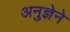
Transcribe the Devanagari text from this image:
अनुज्ञेने